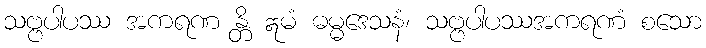
သဗ္ဗပါပဿ အကရဏ န္တိ ဣမံ ဓမ္မဒေသနံ၊ သဗ္ဗပါပဿအကရဏံ စသော